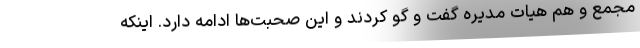
مجمع و هم هیات مدیره گفت و گو کردند و این صحبت‌ها ادامه دارد. اینکه